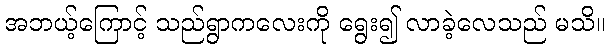
အဘယ့်ကြောင့် သည်ရွာကလေးကို ရွေး၍ လာခဲ့လေသည် မသိ။